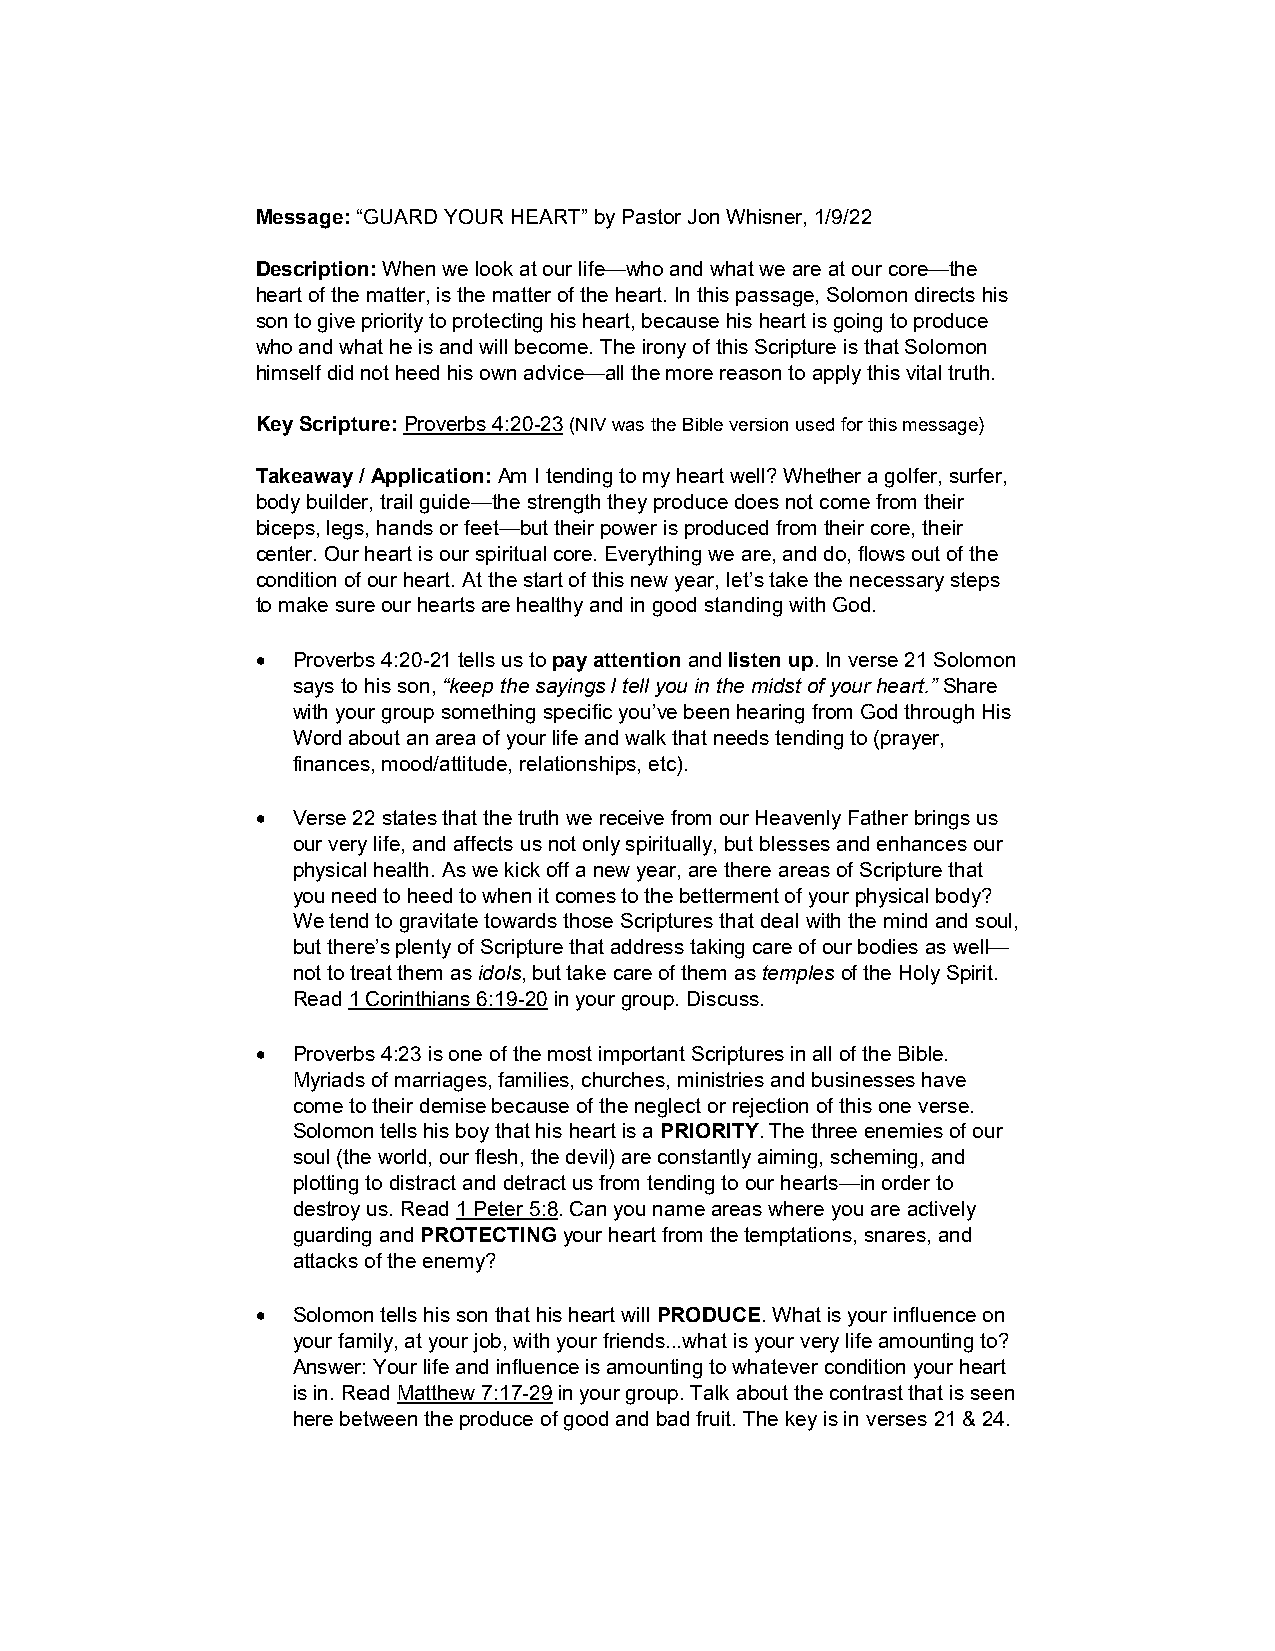
Message: “GUARD YOUR HEART” by Pastor Jon Whisner, 1/9/22
 Description: When we look at our life—who and what we are at our core—the
 heart of the matter, is the matter of the heart. In this passage, Solomon directs his
 son to give priority to protecting his heart, because his heart is going to produce
 who and what he is and will become. The irony of this Scripture is that Solomon
 himself did not heed his own advice—all the more reason to apply this vital truth.
 Key Scripture: Proverbs 4:20-23 (NIV was the Bible version used for this message)
 Takeaway / Application: Am I tending to my heart well? Whether a golfer, surfer,
 body builder, trail guide—the strength they produce does not come from their
 biceps, legs, hands or feet—but their power is produced from their core, their
 center. Our heart is our spiritual core. Everything we are, and do, flows out of the
 condition of our heart. At the start of this new year, let’s take the necessary steps
 to make sure our hearts are healthy and in good standing with God.
 · Proverbs 4:20-21 tells us to pay attention and listen up. In verse 21 Solomon
 says to his son, “keep the sayings I tell you in the midst of your heart.” Share
 with your group something specific you’ve been hearing from God through His
 Word about an area of your life and walk that needs tending to (prayer,
 finances, mood/attitude, relationships, etc).
 · Verse 22 states that the truth we receive from our Heavenly Father brings us
 our very life, and affects us not only spiritually, but blesses and enhances our
 physical health. As we kick off a new year, are there areas of Scripture that
 you need to heed to when it comes to the betterment of your physical body?
 We tend to gravitate towards those Scriptures that deal with the mind and soul,
 but there’s plenty of Scripture that address taking care of our bodies as well—
 not to treat them as idols, but take care of them as temples of the Holy Spirit.
 Read 1 Corinthians 6:19-20 in your group. Discuss.
 · Proverbs 4:23 is one of the most important Scriptures in all of the Bible.
 Myriads of marriages, families, churches, ministries and businesses have
 come to their demise because of the neglect or rejection of this one verse.
 Solomon tells his boy that his heart is a PRIORITY. The three enemies of our
 soul (the world, our flesh, the devil) are constantly aiming, scheming, and
 plotting to distract and detract us from tending to our hearts—in order to
 destroy us. Read 1 Peter 5:8. Can you name areas where you are actively
 guarding and PROTECTING your heart from the temptations, snares, and
 attacks of the enemy?
 · Solomon tells his son that his heart will PRODUCE. What is your influence on
 your family, at your job, with your friends...what is your very life amounting to?
 Answer: Your life and influence is amounting to whatever condition your heart
 is in. Read Matthew 7:17-29 in your group. Talk about the contrast that is seen
 here between the produce of good and bad fruit. The key is in verses 21 & 24.